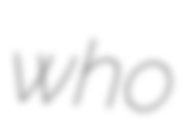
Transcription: who